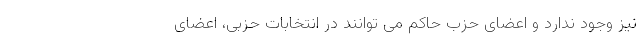
نیز وجود ندارد و اعضای حزب حاکم می توانند در انتخابات حزبی، اعضای